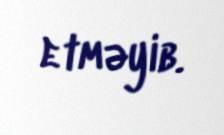
etməyib.